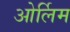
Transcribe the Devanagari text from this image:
ओर्लिम